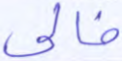
خالي